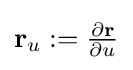
{\textstyle \mathbf {r} _{u}:={\frac {\partial \mathbf {r} }{\partial u}}}